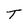
Character: T